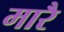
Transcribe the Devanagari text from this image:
मारै